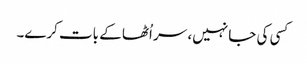
کسی کی جا نہیں، سر اُٹھا کے بات کرے۔